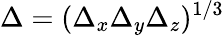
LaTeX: \Delta=(\Delta_{x}\Delta_{y}\Delta_{z})^{1/3}